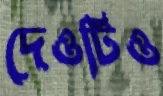
দেওটিও